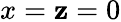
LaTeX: x=\mathbf{z}=0